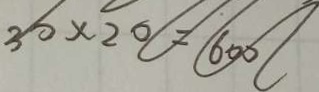
3 0 \times 2 0 = 6 0 0